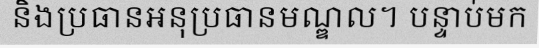
និងប្រធានអនុប្រធានមណ្ឌល។ បន្ទាប់មក